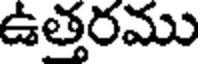
ఉత్తరము